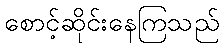
စောင့်ဆိုင်းနေကြသည်